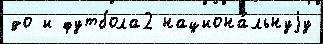
до и футбола2 национа́льнуjу